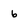
Character: 6